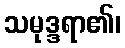
သမုဒ္ဒရာ၏၊